Eesti_Toorahva_Kommuun, lk 26
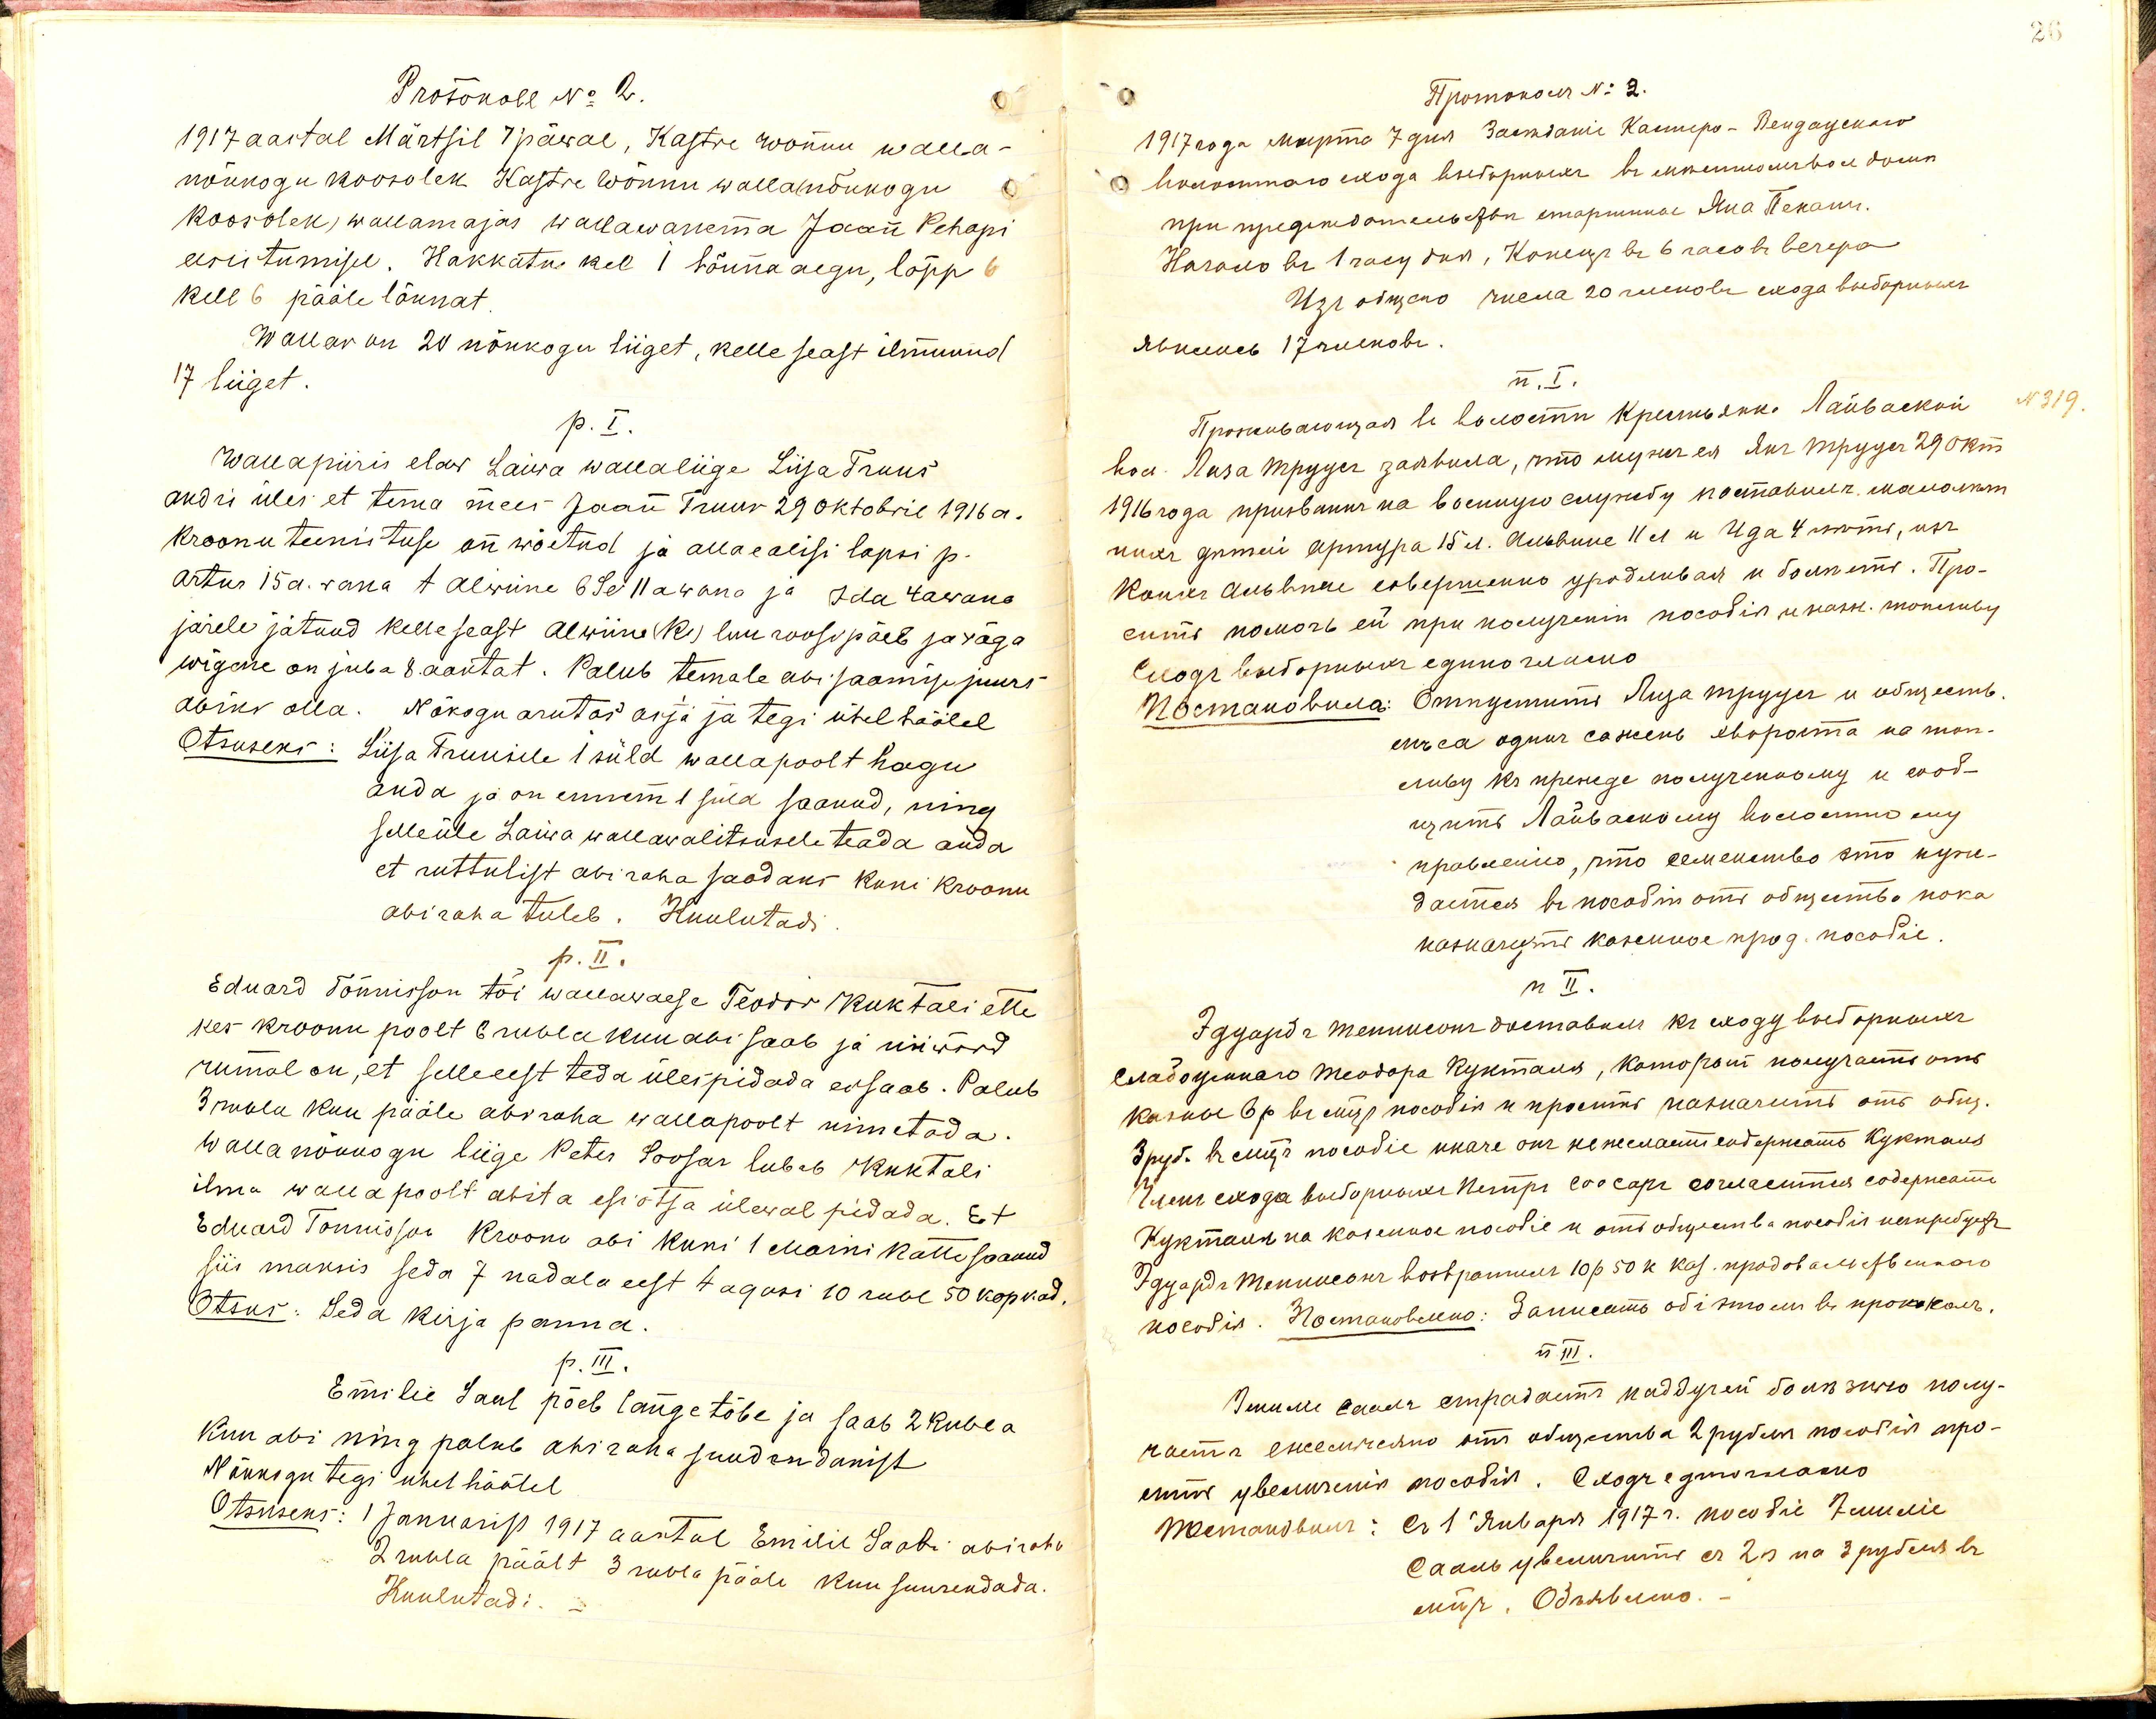
Protokoll No 2.
1917 aastal Märtsil 7 päwal, Kastre wõnnu walla-
nõukogu koosolek Kastre Wõnnu walla(nõukogu
koosolek) wallamajas wallawanema Jaan Pehapi
eesistumisel. Hakkatus kel 1 lõuna aegu, lõpp
kell 6 pääle lõunat.
Wallas on 20 nõukogu liiget, kelle seast ilmunud
17 liiget.
p. I.
Wallapiiris elaw Laiwa wallaliige Liisa Truus
andis üles et tema mees Jaan Truus 29 oktobril 1916 a.
kroonu teenistuse on wõetud ja allaealisi lapsi p.
Artur 15a. wana t. Alwiine 6 se 11 a wana ja Ida 4a wana
järele jätnud kelle seast Alwiine (R) luu roosipäel ja wäga
wigane on juba 8. aastat. Palub temale abi saamise juurs-
abiks olla. Nõkogu arutas asja ja tegi ühel häälel
Otsuseks: Liisa Truusile 1 süld walla poolt hagu
anda ja on ennem 1 süld saanud, ning
selleüle Laiwa wallawalitsusele teada anda
et ruttulist abi raha saadaks kuni kroonu
abi raha tuleb. Kuulutadi.
p. II.
Eduard Tõnnisson tõi wallawaese Teodor Kuktali ette
kes kroonu poolt 6 rubla kuu abi saab ja niiwõrd
rumal on, et selle eest teda ülespidada ei saab. Palub
3 rubla kuu pääle abi raha wallapoolt nimetada.
Walla nõukogu liige Peter Soosar lubab Kuktali
ilma walla poolt abita esi otsa ülewal pidada. Et
Eduard Tonnisson Kroonu abi kuni 1 Maini kätte saanud
siis maksis seda 7 nadala eest 4 agasi 10 rubl 50 kopkad.
Otsus: Seda kirja panna.
p. III.
Emilie Saal põeb lange tõbe ja saab 2 Rubla
kuu abi ning palub abi raha suudendanist
Nõukogu tegi uhel häälel.
Otsuseks: 1 Januarist 1917 aastal Emilie Saabi abi raha
2 rubla päält 3 rubla pääle kuu suurendada.
Kuulutadi: